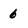
Character: 6